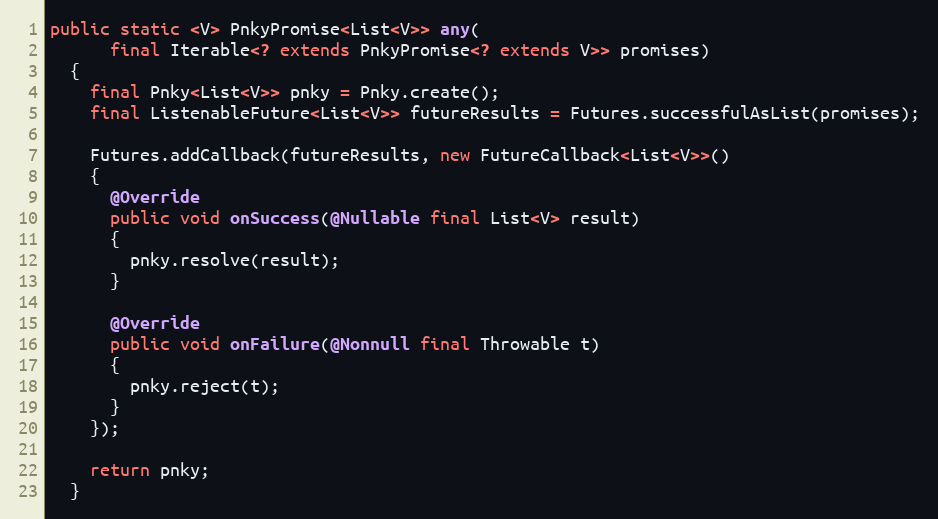
Language: Java
public static <V> PnkyPromise<List<V>> any(
      final Iterable<? extends PnkyPromise<? extends V>> promises)
  {
    final Pnky<List<V>> pnky = Pnky.create();
    final ListenableFuture<List<V>> futureResults = Futures.successfulAsList(promises);

    Futures.addCallback(futureResults, new FutureCallback<List<V>>()
    {
      @Override
      public void onSuccess(@Nullable final List<V> result)
      {
        pnky.resolve(result);
      }

      @Override
      public void onFailure(@Nonnull final Throwable t)
      {
        pnky.reject(t);
      }
    });

    return pnky;
  }